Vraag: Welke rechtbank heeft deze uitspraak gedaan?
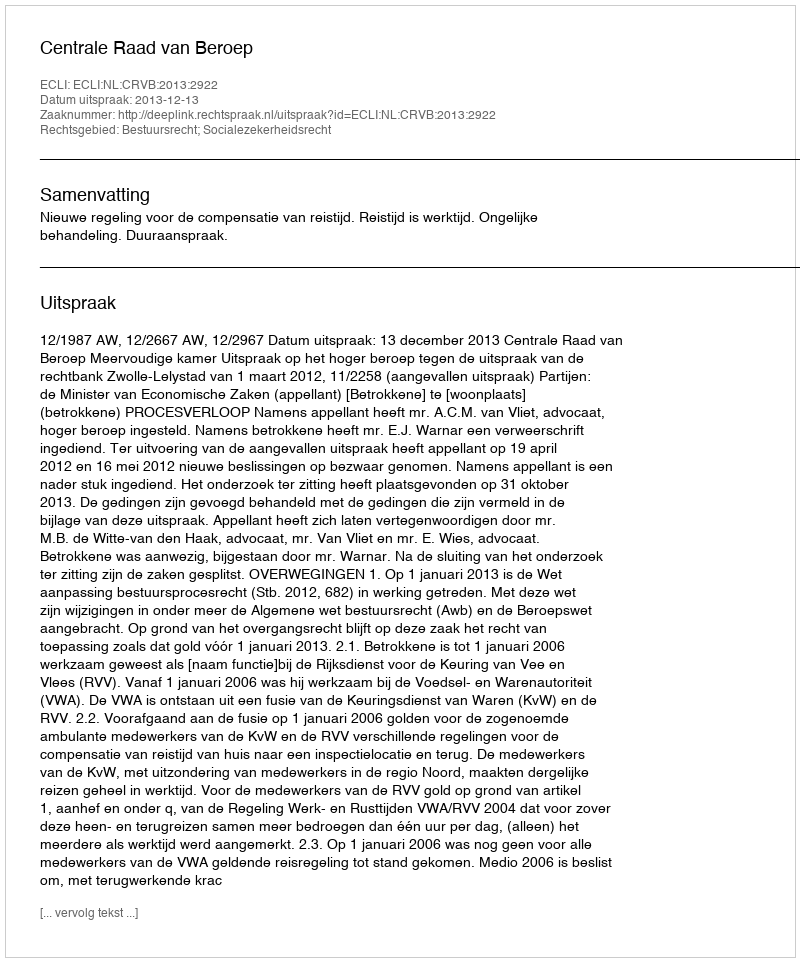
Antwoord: Centrale Raad van Beroep